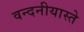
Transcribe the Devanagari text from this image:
वन्दनीयास्ते